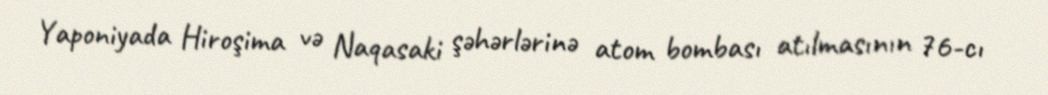
Yaponiyada Hiroşima və Naqasaki şəhərlərinə atom bombası atılmasının 76-cı